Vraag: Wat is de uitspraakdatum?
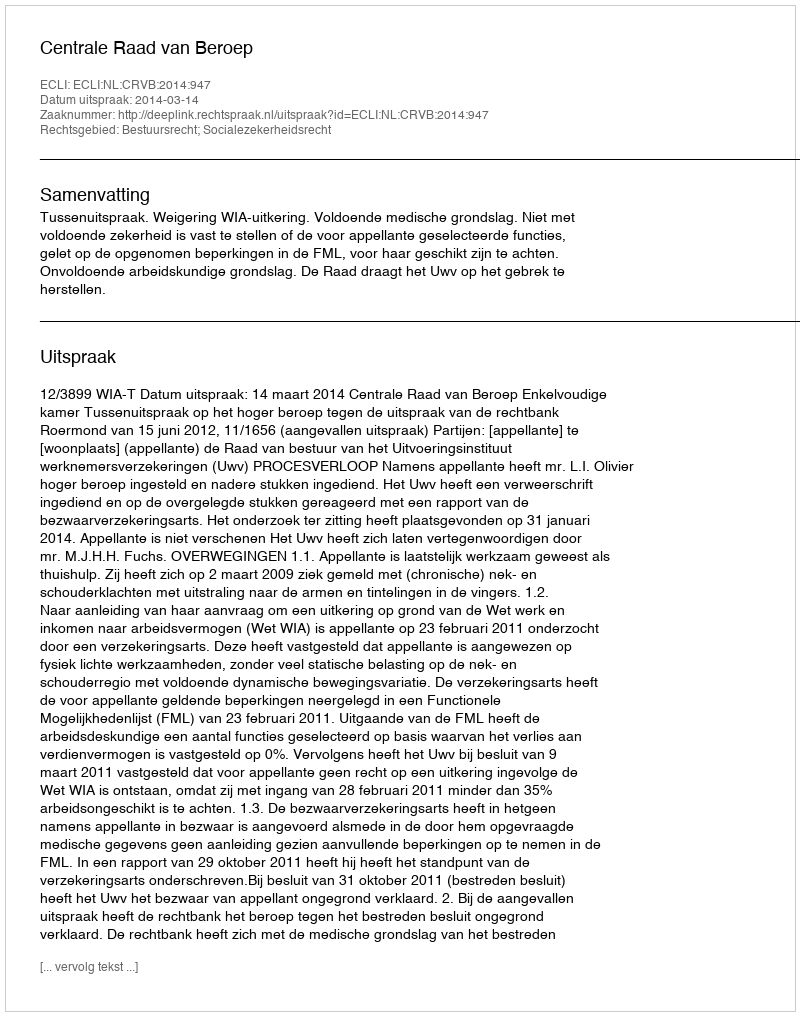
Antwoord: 2014-03-14